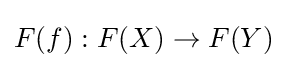
F(f):F(X)\to F(Y)